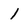
Character: 1